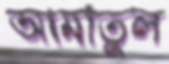
আমাতুল